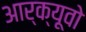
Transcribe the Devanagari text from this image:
आर्क्यूवो